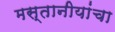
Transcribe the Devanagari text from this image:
मस्तानीयांचा